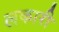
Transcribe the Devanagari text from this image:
लकारी